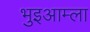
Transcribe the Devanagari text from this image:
भुइआम्ला